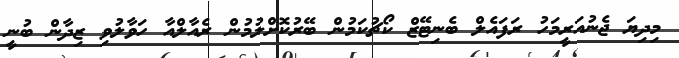
މިދިޔަ ޖެނުއަރީމަހު ރަފައެލް ބެނިޓޭޒް ކޯޗުކަމުން ބޭރުކޮށްލުމުން ރެއާލްއާ ހަވާލުވި ޒިދާން ބުނީ